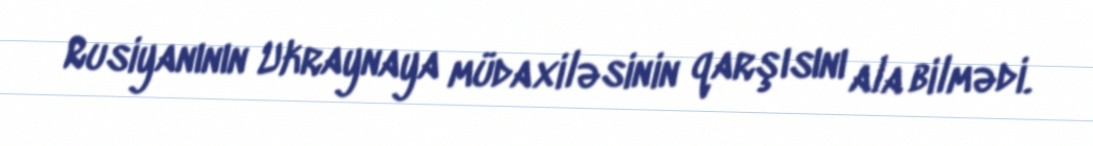
Rusiyanının Ukraynaya müdaxiləsinin qarşısını ala bilmədi.